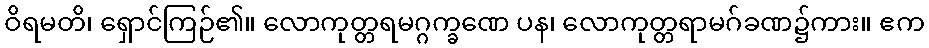
ဝိရမတိ၊ ရှောင်ကြဉ်၏။ လောကုတ္တရမဂ္ဂက္ခဏေ ပန၊ လောကုတ္တရာမဂ်ခဏ၌ကား။ ဧက